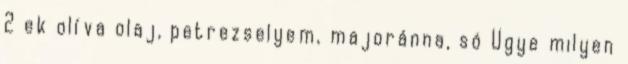
2 ek olíva olaj, petrezselyem, majoránna, só Ugye milyen